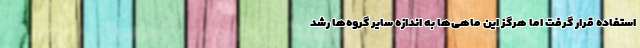
استفاده قرار گرفت اما هرگز این ماهی‌ها به اندازه سایر گروه‌ها رشد